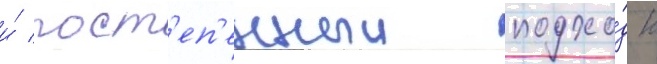
и́ пост'еп'енныи подхо́д к